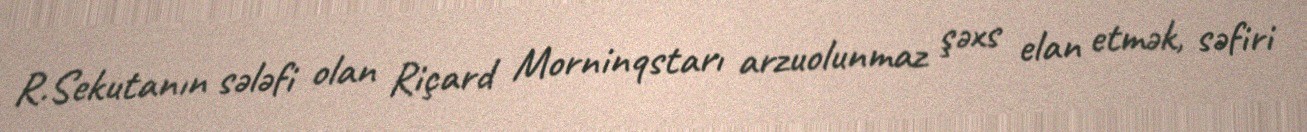
R.Sekutanın sələfi olan Riçard Morninqstarı arzuolunmaz şəxs elan etmək, səfiri